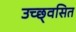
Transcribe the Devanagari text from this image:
उच्छ्‌वसित